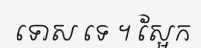
ទោស ទេ ។ ស្អែក